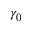
\gamma _ { 0 }